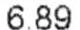
6.89